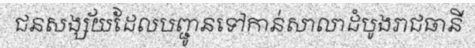
ជនសង្ស័យដែលបញ្ជូនទៅកាន់សាលាដំបូងរាជធានី